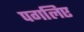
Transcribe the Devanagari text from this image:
पगलिए